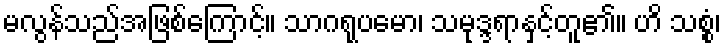
မလွန်သည်အဖြစ်ကြောင့်။ သာဂရုပမော၊ သမုဒ္ဒရာနှင့်တူ၏။ ဟိ သစ္စံ၊